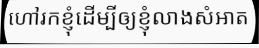
ហៅរកខ្ញុំដើម្បីឲ្យខ្ញុំលាងសំអាត